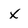
Character: x